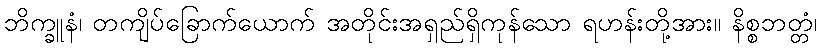
ဘိက္ခူနံ၊ တကျိပ်ခြောက်ယောက် အတိုင်းအရှည်ရှိကုန်သော ရဟန်းတို့အား။ နိစ္စဘတ္တံ၊